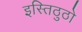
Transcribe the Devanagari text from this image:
इस्तिठुठो